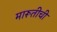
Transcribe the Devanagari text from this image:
मारूतीची